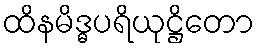
ထိနမိဒ္ဓပရိယုဋ္ဌိတော